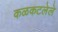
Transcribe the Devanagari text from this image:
कळकटलेले